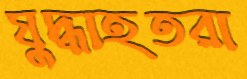
যুদ্ধাহতরা